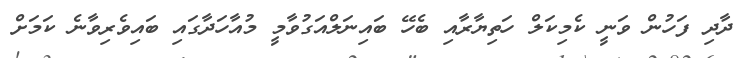
ދާދި ފަހުން ވަނީ ކެމިކަލް ހަތިޔާރާއި ބެހޭ ބައިނަލްއަގުވާމީ މުއާހަދާގައި ބައިވެރިވާނެ ކަމަށް